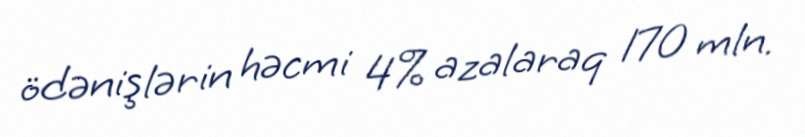
ödənişlərin həcmi 4% azalaraq 170 mln.